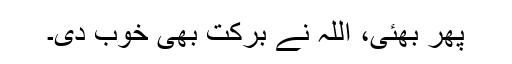
پھر بھئی، اللہ نے برکت بھی خوب دی۔